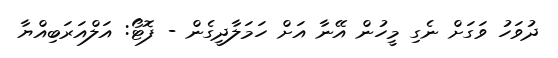
ދުވަހު ވަގަށް ނެގި މީހުން އޭނާ އަށް ހަމަލާދީގެން - ފޮޓޯ: އަލްއަރަބިއްޔާ